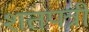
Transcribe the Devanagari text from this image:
शतपत्री